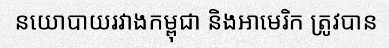
នយោបាយរវាងកម្ពុជា និងអាមេរិក ត្រូវបាន